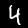
Label: 4